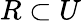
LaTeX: R\subset U